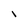
Character: 1